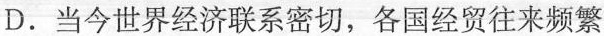
D.当今世界经济联系密切，各国经贸往来频繁